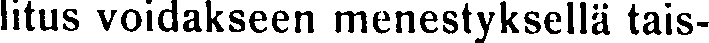
litus voidakseen menestyksellä tais-